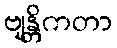
ဗျန္တိကတာ